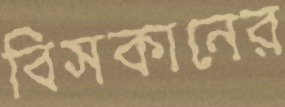
বিসকানের